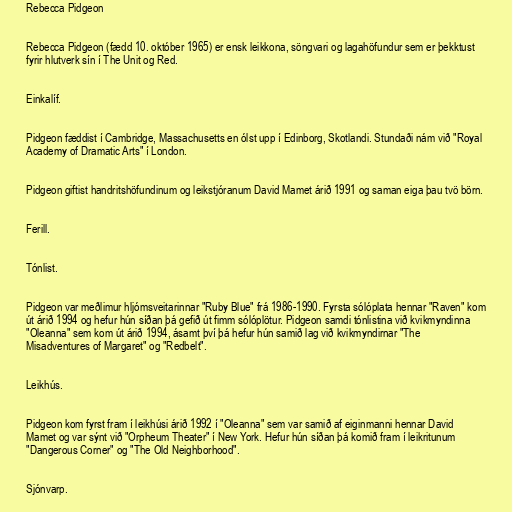
Rebecca Pidgeon

Rebecca Pidgeon (fædd 10. október 1965) er ensk leikkona, söngvari og lagahöfundur sem er þekktust
fyrir hlutverk sín í The Unit og Red.

Einkalíf.

Pidgeon fæddist í Cambridge, Massachusetts en ólst upp í Edinborg, Skotlandi. Stundaði nám við "Royal
Academy of Dramatic Arts" í London.

Pidgeon giftist handritshöfundinum og leikstjóranum David Mamet árið 1991 og saman eiga þau tvö börn.

Ferill.

Tónlist.

Pidgeon var meðlimur hljómsveitarinnar "Ruby Blue" frá 1986-1990. Fyrsta sólóplata hennar "Raven" kom
út árið 1994 og hefur hún síðan þá gefið út fimm sólóplötur. Pidgeon samdi tónlistina við kvikmyndinna
"Oleanna" sem kom út árið 1994, ásamt því þá hefur hún samið lag við kvikmyndirnar "The
Misadventures of Margaret" og "Redbelt".

Leikhús.

Pidgeon kom fyrst fram í leikhúsi árið 1992 í "Oleanna" sem var samið af eiginmanni hennar David
Mamet og var sýnt við "Orpheum Theater" í New York. Hefur hún síðan þá komið fram í leikritunum
"Dangerous Corner" og "The Old Neighborhood".

Sjónvarp.